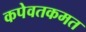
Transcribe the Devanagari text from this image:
कपेवतकमत